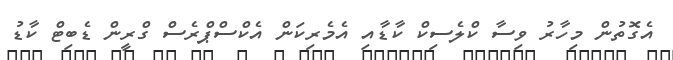
އެގޮތުން މިހާރު ވިސާ ކްލެސިކް ކާޑާއި އެމެރިކަން އެކްސްޕްރެސް ގްރީން ޑެބިޓް ކާޑު